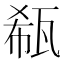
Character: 瓻